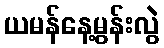
ယမန်နေ့မွန်းလွဲ